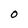
Character: O